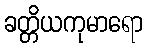
ခတ္တိယကုမာရော